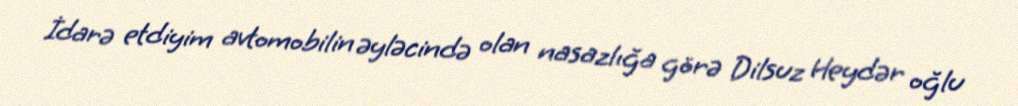
İdarə etdiyim avtomobilin əyləcində olan nasazlığa görə Dilsuz Heydər oğlu